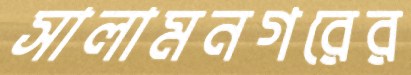
সালামনগরের